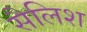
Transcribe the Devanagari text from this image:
सैलिश